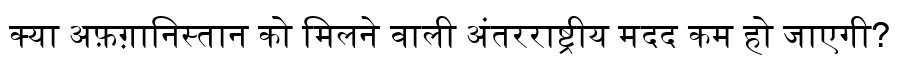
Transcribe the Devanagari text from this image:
क्या अफ़ग़ानिस्तान को मिलने वाली अंतरराष्ट्रीय मदद कम हो जाएगी?